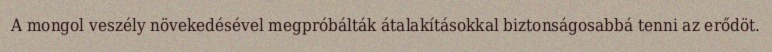
A mongol veszély növekedésével megpróbálták átalakításokkal biztonságosabbá tenni az erődöt.